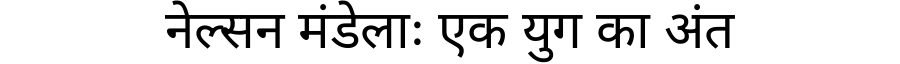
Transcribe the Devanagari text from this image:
नेल्सन मंडेलाः एक युग का अंत